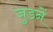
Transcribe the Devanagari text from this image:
जुडनें